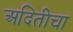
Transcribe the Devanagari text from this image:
अदितीचा